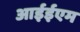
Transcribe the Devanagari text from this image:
आईईएम